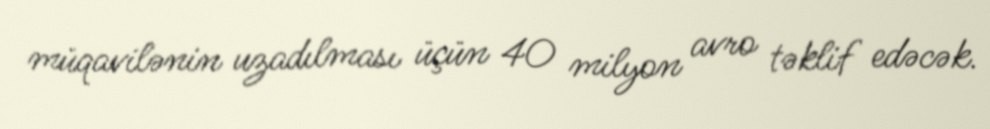
müqavilənin uzadılması üçün 40 milyon avro təklif edəcək.